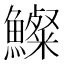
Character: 𩼇